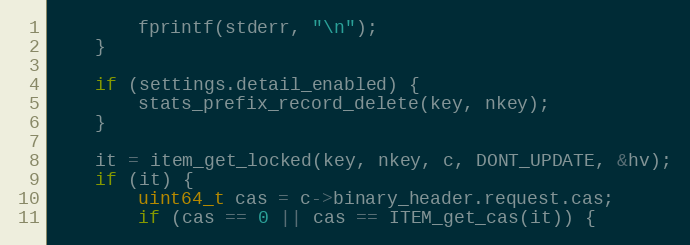
Language: C
        fprintf(stderr, "\n");
    }

    if (settings.detail_enabled) {
        stats_prefix_record_delete(key, nkey);
    }

    it = item_get_locked(key, nkey, c, DONT_UPDATE, &hv);
    if (it) {
        uint64_t cas = c->binary_header.request.cas;
        if (cas == 0 || cas == ITEM_get_cas(it)) {